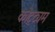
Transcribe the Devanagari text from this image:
कोट्ट्यम